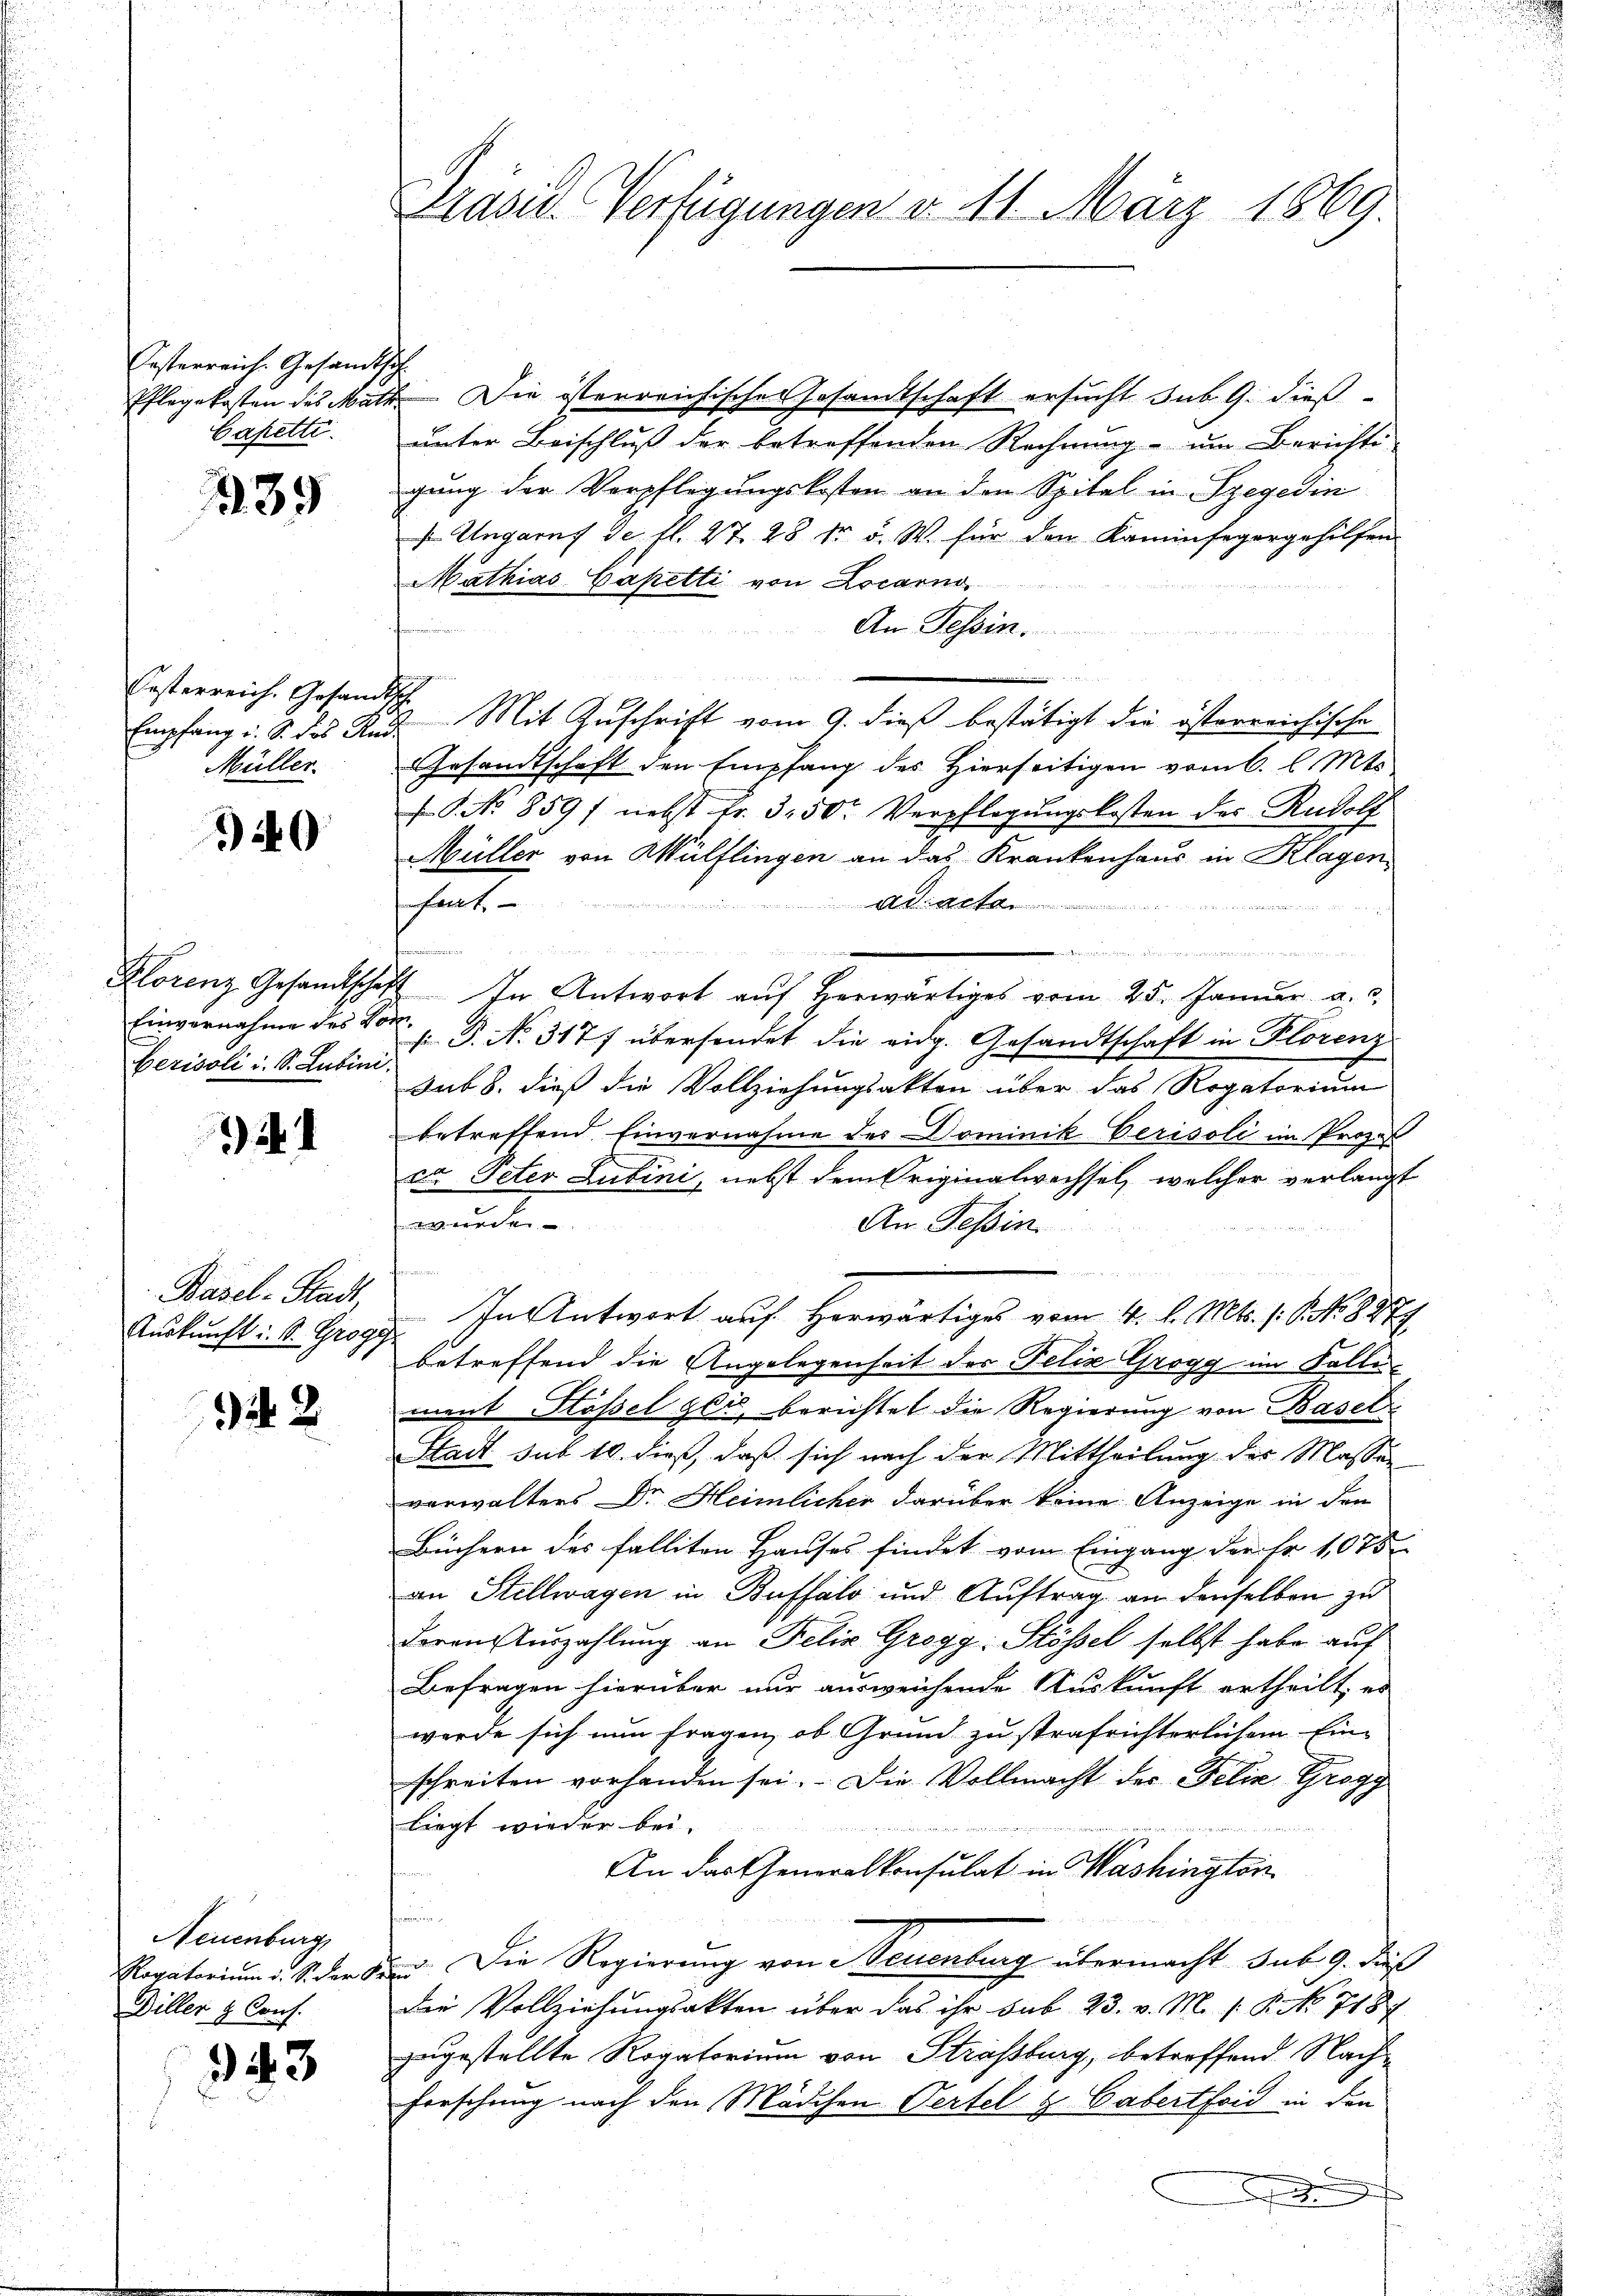
Festerreich Gesandtsch
Cafetti.

239

Oesterreich. Gesandtsch
Müller.

40

Klorenz Gesandtsche
Herisoli u. S. Lubini.

.

Basel-Stadt,
Auskunft i. S. Grogy

942

Neuenburg
Rogatorium i. S. der S.
Diller & Cons.

343

Präsid. Verfügungen v. 11. März 1869.

Pflegekosten des Math. Die österreichisches Gesandtschaft ersucht sub. 9. dießunter Beischluß der betreffenden Rechnung um Berichti-
gung der Verpflegungskosten an den Spital in Szegedin
 Ungarns se fl. 27. 28 tr. d. W. für den Kaminfegergehilfen
Mathias Capetti von Locarno
An Tessin.
e
Empfang u. S. das Kind Mit Zuschrift vom 9. dieß bestätigt die österreichische
Gesandtschaft den Empfang des Hierseitigen vom 6. l. Mts.
f. No 859 f nebst fr. 3. 50. Verpflegungskosten des Rudolf
Müller von Wülflingen an das Krankenhaus in Klagen
fant
Adriactan
u
e
e
. In Antwort auf herwärtiges vom 25. Januar a. c.
Einvernahme des P. No. 317 f übersendet die eidg. Gesandtschaft in Florenz
sub 8. dieß die Vollziehungsakten über das Rogatorium
betreffend Einvernahme des Dominik Verisoli im Proze
vo Peter Lubini, nebst dem Originalwachsel, welcher verlangt
wachen
An Tessin
fe
In Antwort auf Horwärtiges vom 4. l. Mts. s. S. 827
betreffend die Angelegenheit des Felix Grogg im Fallement Stößel gei berichtet die Regierung von Basel
Stadt sub 10. dieß, daß sich nach der Mittheilung der Massen
verwalters Dr. Heimlicher darüber keine Anzeige in den
Büchern des falliten Hauses findet vom Eingang der Fr. 1075
an Stellwagen in Buffalo und Auftrag an denselben zu
deren Auszahlung an Felix Grogg: Stössel selbst habe auf
Befragen hierüber nur ausweichende Auskunft ertheilt, er
werde sich nun fragen, ob Grund zu strafrichterlichem Ein-
schreiten vorhanden sei. Die Vollmacht der Felix Grogg
liegt wieder bei.
An das Generalkonsulat in Washington
s
. Die Regierung von Neuenburg übermacht sub. 9. Daß
die Vollziehungsakten über das ihr sub 23. v. M. P. Nr. 718
zugestellte Rogatorium von Straßburg, betreffend Nach
Forschung nach den Mädchen Vertel z. Gabertfoid in den